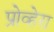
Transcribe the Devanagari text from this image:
प्रोव्हेरा